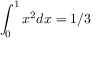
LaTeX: \int _ { 0 } ^ { 1 } x ^ { 2 } d x = 1 / 3